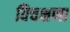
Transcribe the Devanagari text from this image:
विचक्षणा